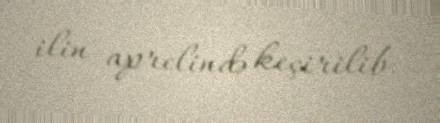
ilin aprelində keçirilib.